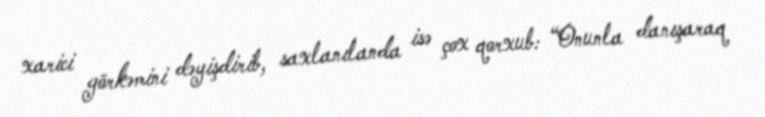
xarici görkəmini dəyişdirib, saxlanılanda isə çox qorxub: “Onunla danışaraq